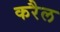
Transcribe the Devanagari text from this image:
करैल